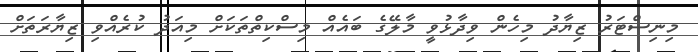
މިނިސްޓަރު ޒިޔާދު މިހެން ވިދާޅުވީ މާލޭގެ ބައެއް މިސްކިތްތަކަށް މިއަދު ކުރެއްވި ޒިޔާރަތަށް